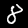
Label: 8